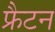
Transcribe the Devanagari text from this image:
फ्रैटन